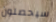
سيحصلون